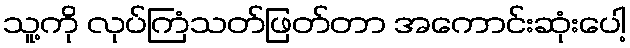
သူ့ကို လုပ်ကြံသတ်ဖြတ်တာ အကောင်းဆုံးပေါ့